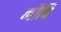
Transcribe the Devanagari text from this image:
नौवि